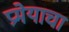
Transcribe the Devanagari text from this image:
प्रमेयाचा